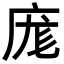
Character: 庬